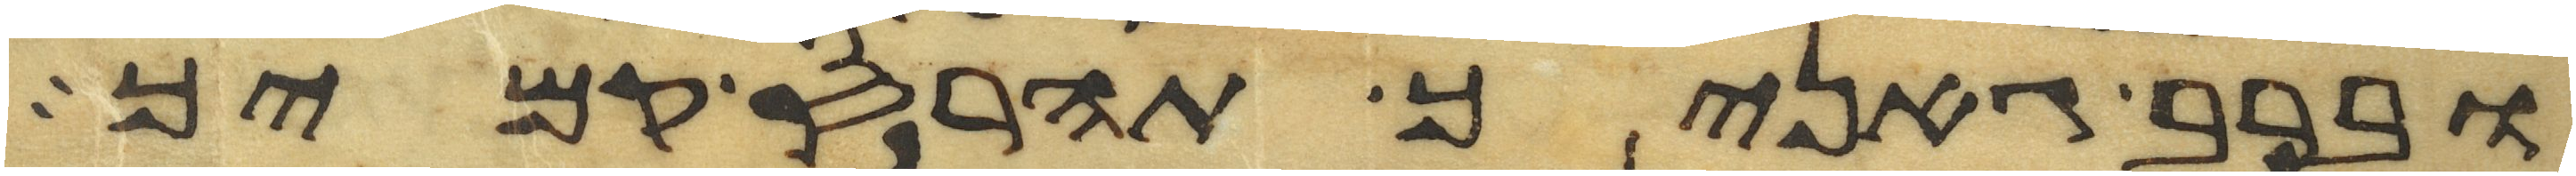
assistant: וברב גאניך תהרס קמיך